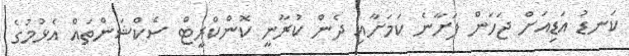
ކަނޑު އަޑިއަށް ޖަހަން ފަށާނެ ކަމަށާއި ދެން ކުރާނީ ކޮންކްރީޓް ސެކްޝަންތައް އެޅުމުގެ